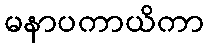
မနာပကာယိကာ